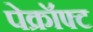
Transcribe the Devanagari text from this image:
पेक्रॉफ्ट